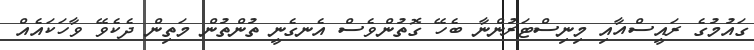
ގައުމުގެ ރައީސްއާއި މިނިސްޓަރުންނާ ބެހޭ ގޮތުންވެސް އެނގެނީ ތުންތުން މަތިން ދެކެވޭ ވާހަކައެއް